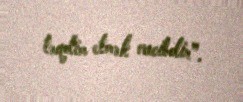
təqdim etmək vacibdir”.